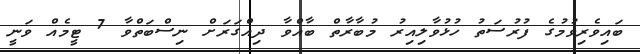
ބައިވެރިވުމުގެ ފުރުސަތު ހުޅުވާލިއިރު މުބާރާތް ބާއްވާ ދިއްގަރަށް ނިސްބަތްވާ 7 ޓީމެއް ވަނީ